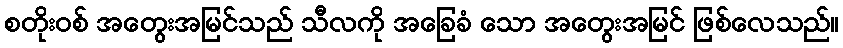
စတိုးဝစ် အတွေးအမြင်သည် သီလကို အခြေခံ သော အတွေးအမြင် ဖြစ်လေသည်။